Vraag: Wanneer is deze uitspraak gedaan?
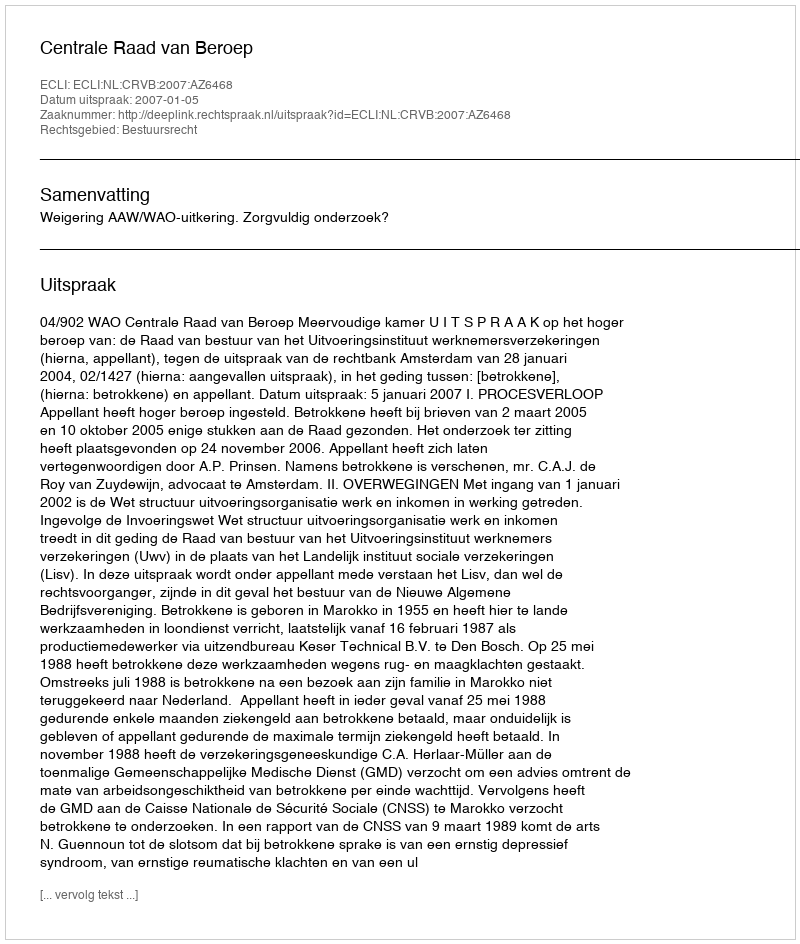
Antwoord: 2007-01-05